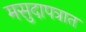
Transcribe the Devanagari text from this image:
मसुदापत्रात